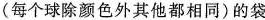
(每个球除颜色外其他都相同)的袋